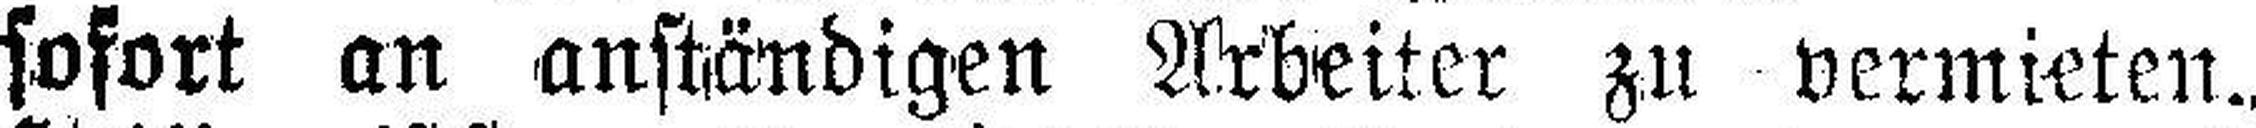
sofort an anständigen Arbeiter zu vermieten.